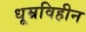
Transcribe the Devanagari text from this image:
धूम्रविहीन